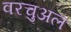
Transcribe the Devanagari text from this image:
वरचुअल